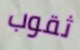
ثقوب